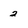
Character: 2